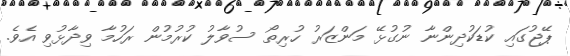
ޕޭޖުގައި ކުޑަކުދިންނާ ނުގުޅޭ މަންޒަރު ހުރިތޯ ސުވާލު ކުރުމުން ރަހުމާ ވިދާޅުވި އެވެ.